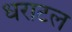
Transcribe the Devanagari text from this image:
धराटल